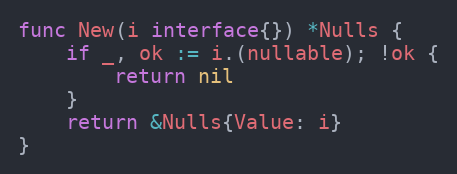
Language: Go
func New(i interface{}) *Nulls {
	if _, ok := i.(nullable); !ok {
		return nil
	}
	return &Nulls{Value: i}
}